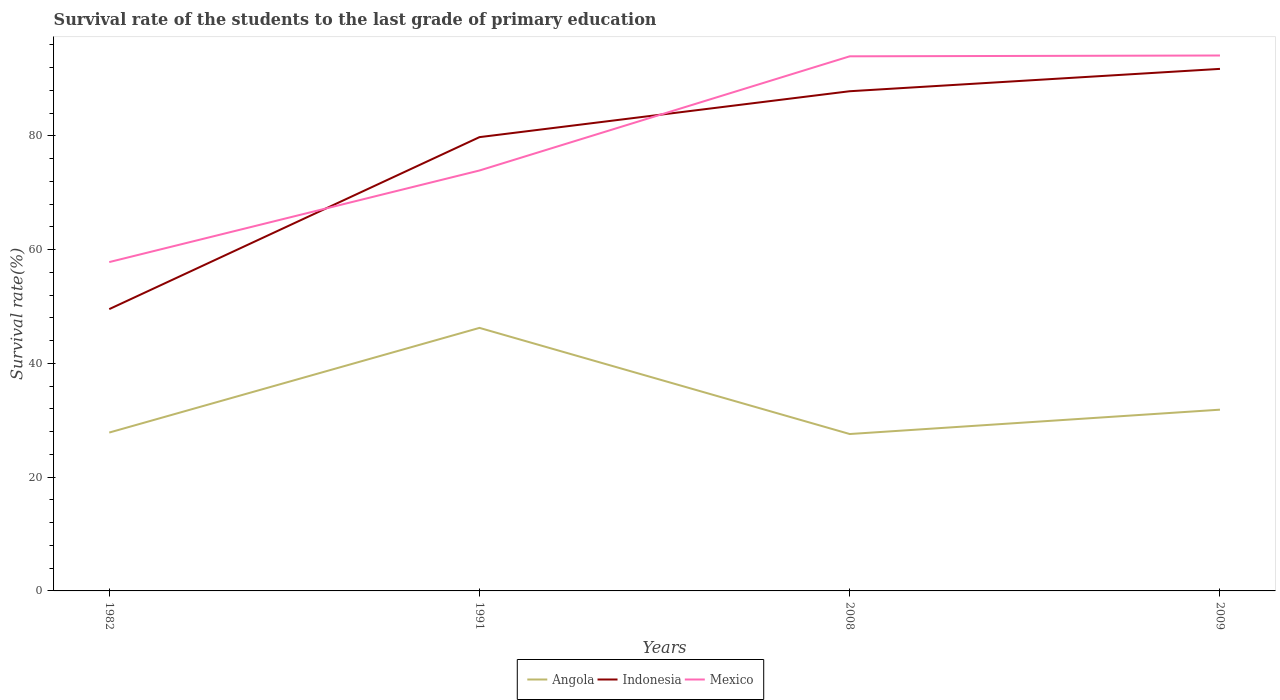
| Years | Angola | Indonesia | Mexico |
 | --- | --- | --- | --- |
 | 1982 | 27.8 | 49.6 | 57.8 |
 | 1991 | 46.3 | 79.8 | 73.9 |
 | 2008 | 27.6 | 87.9 | 94 |
 | 2009 | 31.9 | 91.8 | 94.2 |